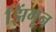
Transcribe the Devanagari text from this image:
झिंगून